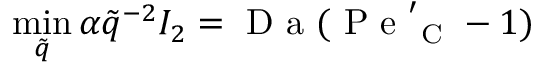
\operatorname* { m i n } _ { \tilde { q } } { \alpha \tilde { q } ^ { - 2 } I _ { 2 } } = \mathrm { ~ D ~ a ~ } ( \mathrm { ~ P ~ e ~ } _ { \mathrm { ~ C ~ } } ^ { \prime } - 1 )